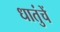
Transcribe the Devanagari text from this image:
धातुंचें